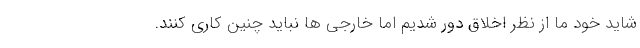
شاید خود ما از نظر اخلاق دور شدیم اما خارجی ها نباید چنین کاری کنند.